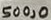
Text: 500,0